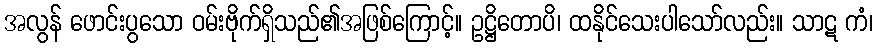
အလွန် ဖောင်းပွသော ဝမ်းဗိုက်ရှိသည်၏အဖြစ်ကြောင့်။ ဥဋ္ဌိတောပိ၊ ထနိုင်သေးပါသော်လည်း။ သာဋ ကံ၊